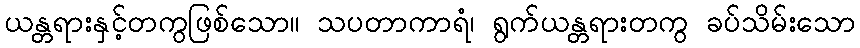
ယန္တရားနှင့်တကွဖြစ်သော။ သပတာကာရံ၊ ရွက်ယန္တရားတကွ ခပ်သိမ်းသော